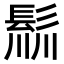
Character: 𩭁